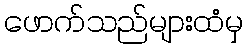
ဖောက်သည်များထံမှ